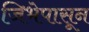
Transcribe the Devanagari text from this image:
जिभेपासून